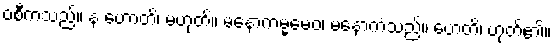
ဝစီကံသည်။ န ဟောတိ၊ မဟုတ်။ မနောကမ္မမေဝ၊ မနောကံသည်။ ဟေတိ၊ ဟုတ်၏။